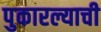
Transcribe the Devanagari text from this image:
पुकारल्याची